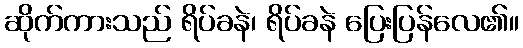
ဆိုက်ကားသည် ရိပ်ခနဲ၊ ရိပ်ခနဲ ပြေးပြန်လေ၏။